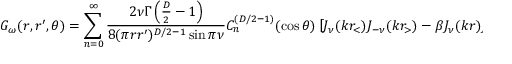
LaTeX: { \cal G } _ { \omega } ( r , r ^ { \prime } , \theta ) = \sum _ { n = 0 } ^ { \infty } { \frac { 2 \nu \Gamma \left( { \frac { D } { 2 } } - 1 \right) } { 8 ( \pi r r ^ { \prime } ) ^ { D / 2 - 1 } \sin \pi \nu } } C _ { n } ^ { ( D / 2 - 1 ) } ( \cos \theta ) \left[ J _ { \nu } ( k r _ { < } ) J _ { - \nu } ( k r _ { > } ) - \beta J _ { \nu } ( k r ) J _ { \nu } ( k r ^ { \prime } ) \right] ,